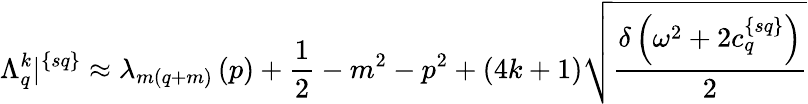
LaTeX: \Lambda_{q}^{k}|^{\{ sq\} }\approx\lambda_{m(q+m)}\left(p\right)+\frac{1}{2}-m^{2}-p^{2}+(4k+1)\sqrt{\frac{\delta\left(\omega^{2}+2c_{q}^{\{ sq\} }\right)}{2}}